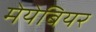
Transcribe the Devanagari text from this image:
मेयेबियर